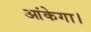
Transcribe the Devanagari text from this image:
आंकेगा।